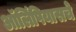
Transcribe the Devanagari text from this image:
ऑलिंपियासचे